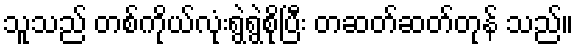
သူသည် တစ်ကိုယ်လုံးရွဲရွဲစိုပြီး တဆတ်ဆတ်တုန် သည်။